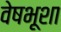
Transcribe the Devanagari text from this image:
वेषभूशा